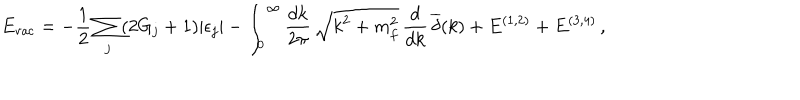
E _ { \mathrm { v a c } } = - \frac { 1 } { 2 } \sum _ { j } ( 2 G _ { j } + 1 ) | \epsilon _ { j } | - \int _ { 0 } ^ { \infty } \frac { d k } { 2 \pi } \, \sqrt { k ^ { 2 } + m _ { f } ^ { 2 } } \, \frac { d } { d k } \, \overline { { { \delta } } } ( k ) + E ^ { ( 1 , 2 ) } + E ^ { ( 3 , 4 ) } \, ,